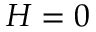
H = 0